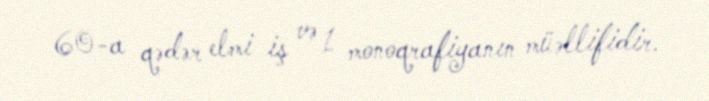
60-a qədər elmi iş və 1 monoqrafiyanın müəllifidir.